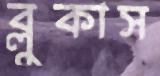
ব্লুকাস